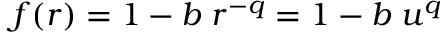
f ( r ) = 1 - b \; r ^ { - q } = 1 - b \; u ^ { q }